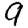
Digit: 9